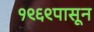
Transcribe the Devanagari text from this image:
१९६९पासून